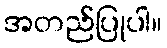
အတည်ပြုပါ။